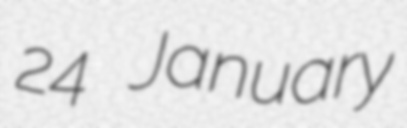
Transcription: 24 January